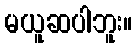
မယူဆပါဘူး။